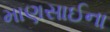
માણસાઈના